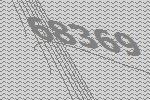
68369